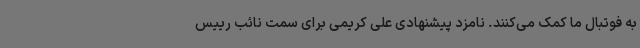
به فوتبال ما کمک می‌کنند. نامزد پیشنهادی علی کریمی برای سمت نائب رییس